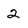
Character: 2